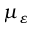
\mu _ { \varepsilon }